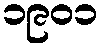
၁၉၀၁